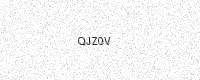
Text: QJZ0V